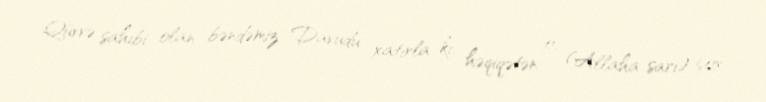
Qüvvə sahibi olan bəndəmiz Davudu xatırla ki, həqiqətən o, (Allaha sarı) çox